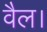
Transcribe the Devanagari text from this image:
वैल।